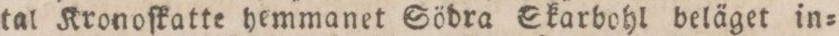
tal Kronoſkatte hemmanet Södra Skarbohl beläget in=